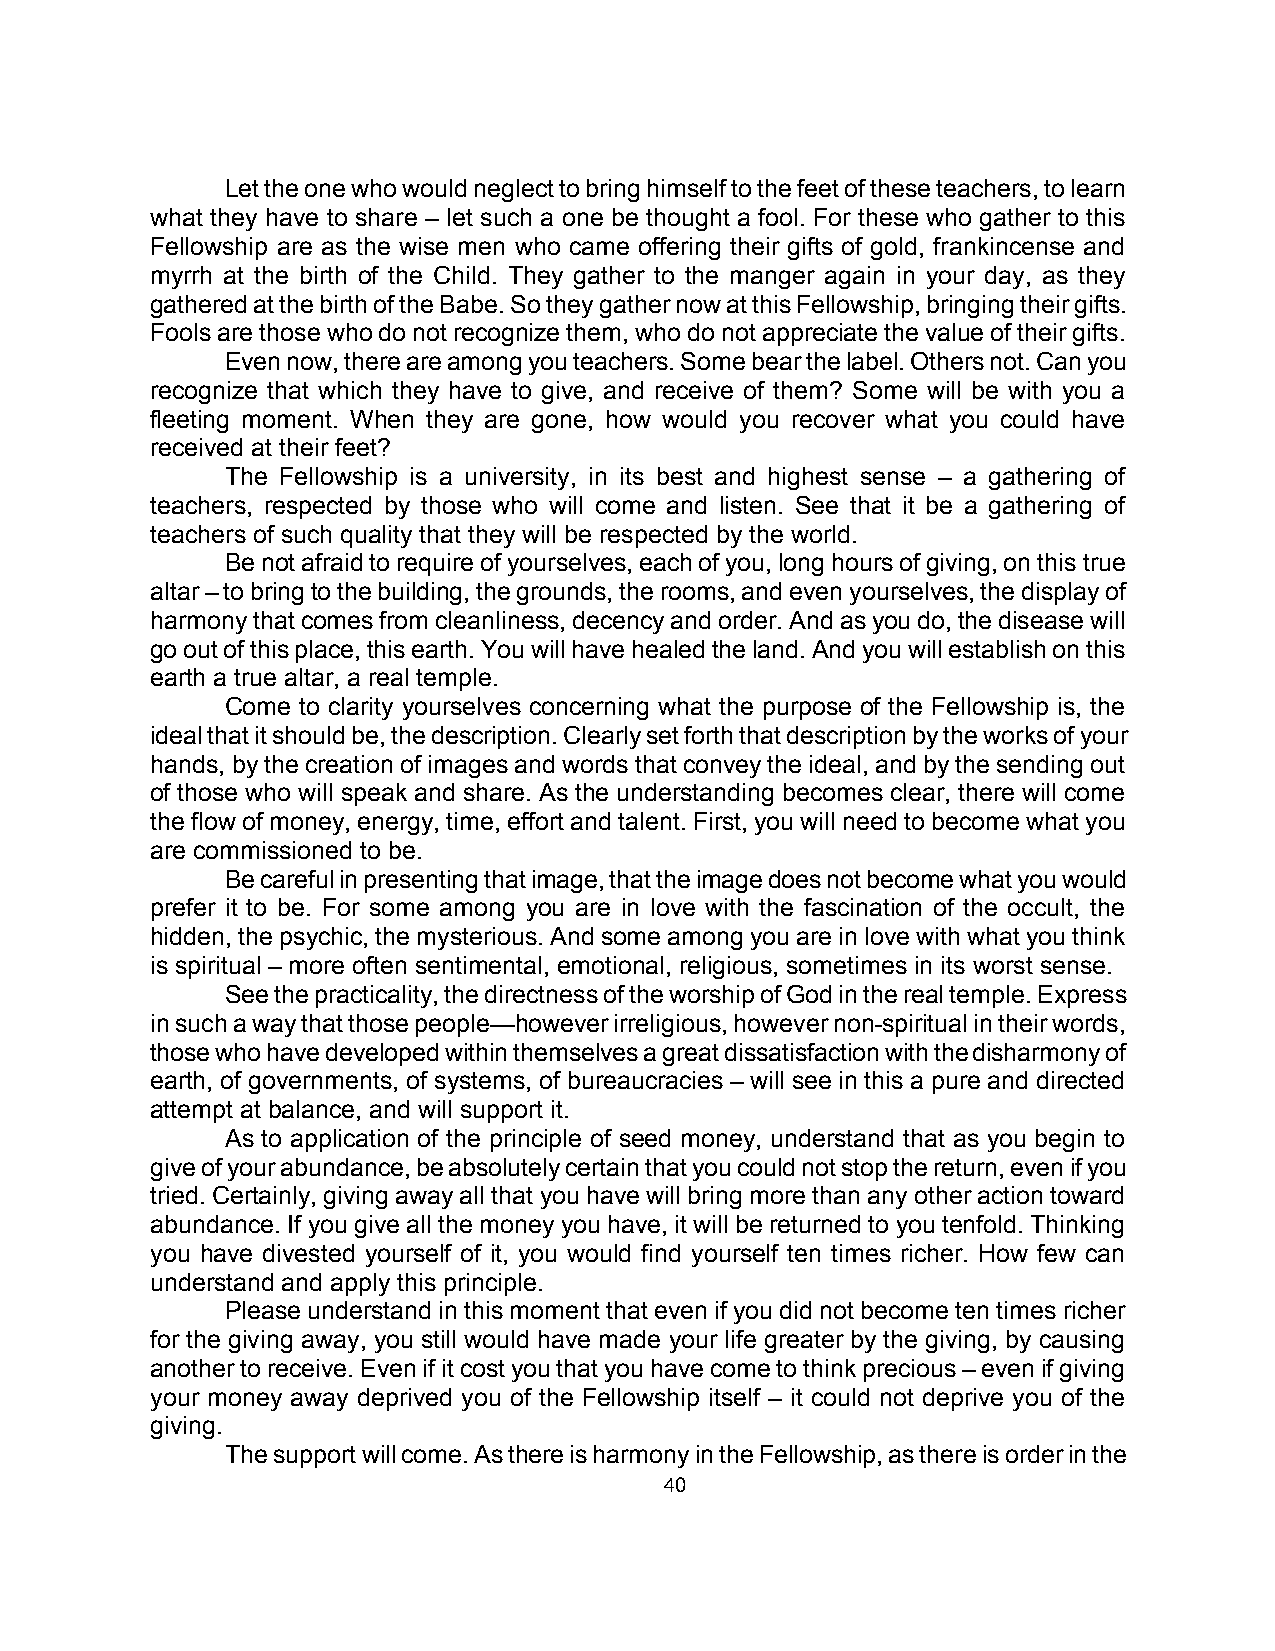
Let the one who would neglect to bring himself to the feet of these teachers, to learn
 what they have to share – let such a one be thought a fool. For these who gather to this
 Fellowship are as the wise men who came offering their gifts of gold, frankincense and
 myrrh at the birth of the Child. They gather to the manger again in your day, as they
 gathered at the birth of the Babe. So they gather now at this Fellowship, bringing their gifts.
 Fools are those who do not recognize them, who do not appreciate the value of their gifts.
 Even now, there are among you teachers. Some bear the label. Others not. Can you
 recognize that which they have to give, and receive of them? Some will be with you a
 fleeting moment. When they are gone, how would you recover what you could have
 received at their feet?
 The Fellowship is a university, in its best and highest sense – a gathering of
 teachers, respected by those who will come and listen. See that it be a gathering of
 teachers of such quality that they will be respected by the world.
 Be not afraid to require of yourselves, each of you, long hours of giving, on this true
 altar – to bring to the building, the grounds, the rooms, and even yourselves, the display of
 harmony that comes from cleanliness, decency and order. And as you do, the disease will
 go out of this place, this earth. You will have healed the land. And you will establish on this
 earth a true altar, a real temple.
 Come to clarity yourselves concerning what the purpose of the Fellowship is, the
 ideal that it should be, the description. Clearly set forth that description by the works of your
 hands, by the creation of images and words that convey the ideal, and by the sending out
 of those who will speak and share. As the understanding becomes clear, there will come
 the flow of money, energy, time, effort and talent. First, you will need to become what you
 are commissioned to be.
 Be careful in presenting that image, that the image does not become what you would
 prefer it to be. For some among you are in love with the fascination of the occult, the
 hidden, the psychic, the mysterious. And some among you are in love with what you think
 is spiritual – more often sentimental, emotional, religious, sometimes in its worst sense.
 See the practicality, the directness of the worship of God in the real temple. Express
 in such a way that those people—however irreligious, however non-spiritual in their words,
 those who have developed within themselves a great dissatisfaction with the disharmony of
 earth, of governments, of systems, of bureaucracies – will see in this a pure and directed
 attempt at balance, and will support it.
 As to application of the principle of seed money, understand that as you begin to
 give of your abundance, be absolutely certain that you could not stop the return, even if you
 tried. Certainly, giving away all that you have will bring more than any other action toward
 abundance. If you give all the money you have, it will be returned to you tenfold. Thinking
 you have divested yourself of it, you would find yourself ten times richer. How few can
 understand and apply this principle.
 Please understand in this moment that even if you did not become ten times richer
 for the giving away, you still would have made your life greater by the giving, by causing
 another to receive. Even if it cost you that you have come to think precious – even if giving
 your money away deprived you of the Fellowship itself – it could not deprive you of the
 giving.
 The support will come. As there is harmony in the Fellowship, as there is order in the
 40